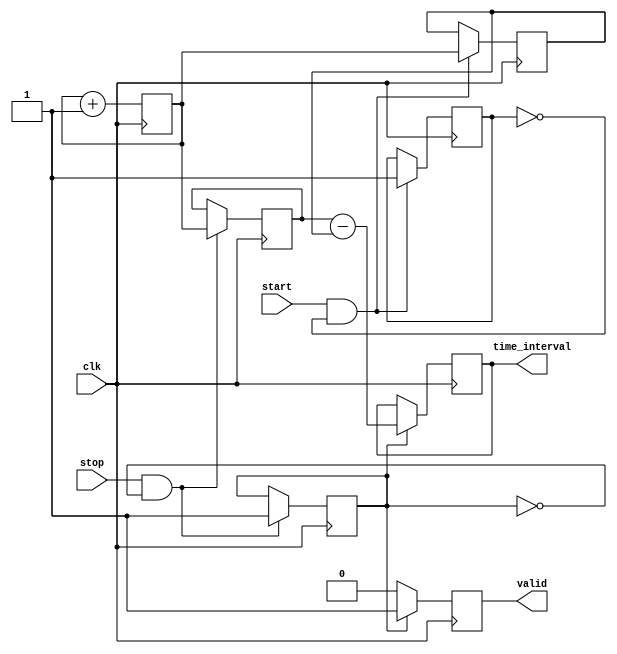
module HybridTDC (
    input wire clk,                // High-frequency clock
    input wire start,              // Start signal
    input wire stop,               // Stop signal
    output reg [31:0] time_interval,// Output time interval in digital format
    output reg valid               // Output valid signal
);

    // Time Measurement Unit (TMU)
    reg [31:0] start_time;         // Start time stamp
    reg [31:0] stop_time;          // Stop time stamp
    reg [31:0] counter;            // Counter for time stamping
    reg start_detected;            // Flag for start detection
    reg stop_detected;             // Flag for stop detection

    // Memory Block (Simple Register for this example)
    reg [31:0] memory [0:1];       // Memory to store start and stop times

    // Digital Processing Unit (DPU)
    always @(posedge clk) begin
        // Time Measurement Unit
        if (start && !start_detected) begin
            start_time <= counter;  // Capture start time
            start_detected <= 1;     // Set start detected flag
        end

        if (stop && !stop_detected) begin
            stop_time <= counter;   // Capture stop time
            stop_detected <= 1;      // Set stop detected flag
        end

        // Store timestamps in memory
        if (start_detected && !stop_detected) begin
            memory[0] <= start_time; // Store start time
        end

        if (stop_detected) begin
            memory[1] <= stop_time;  // Store stop time
            // Calculate time interval
            time_interval <= stop_time - start_time; // Calculate time difference
            valid <= 1; // Indicate valid output
        end else begin
            valid <= 0; // Reset valid output
        end

        // Increment counter
        counter <= counter + 1;
    end

    // Reset logic (optional, for simulation purposes)
    initial begin
        counter = 0;
        start_detected = 0;
        stop_detected = 0;
        valid = 0;
    end

endmodule